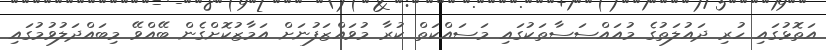
އަތޮޅުގައި ހުރި ދައުލަތުގެ މުއައްސަސާތަކުގައި މަސައްކަތް ކުރާ މުވައްޒަފުނަށް އަމާޒުކޮށްގެން ބޭއްވޭ މިބައްދަލުވުމުގައި